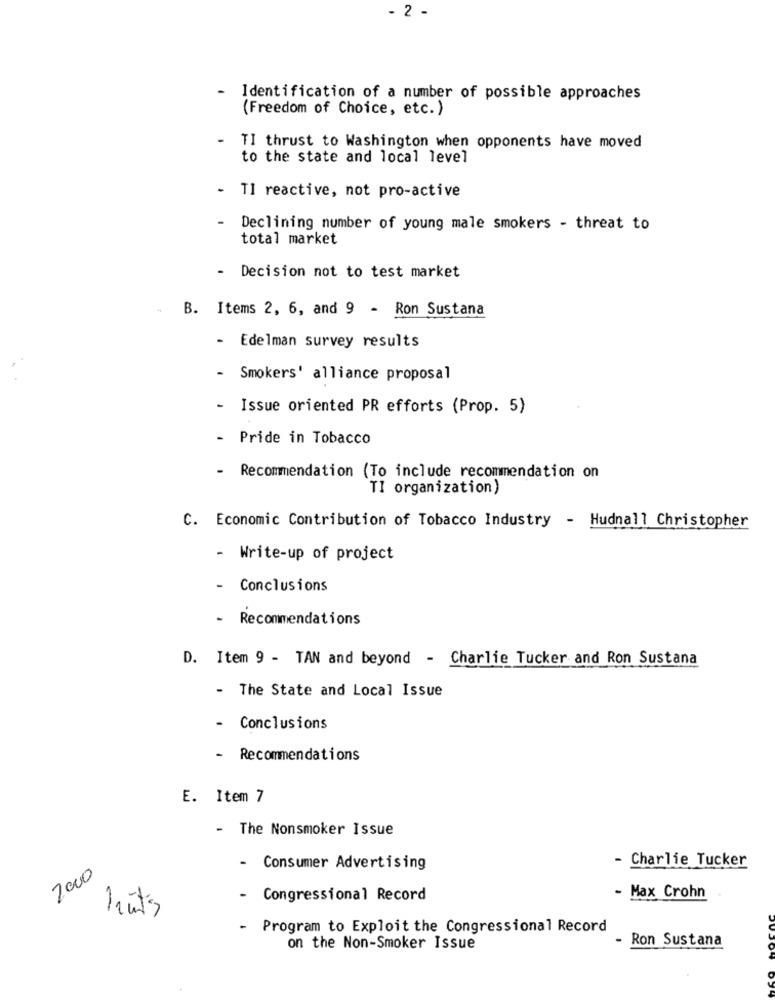
- 2 -
- Identification of a number of possible approaches
(Freedom of Choice, etc.)
- TI thrust to Washington when opponents have moved
to the state and local level
- TI reactive, not pro-active
Declining number of young male smokers - threat to
total market
- Decision not to test market
B. Items 2, 6, and 9 - Ron Sustana
- Edelman survey results
- Smokers' alliance proposal
- Issue oriented PR efforts (Prop. 5)
- Pride in Tobacco
- Recommendation (To include recommendation on
TI organization)
C. Economic Contribution of Tobacco Industry - Hudnall Christopher
- Write-up of project
Conclusions
-
Recommendations
D. Item 9 - TAN and beyond - Charlie Tucker and Ron Sustana
- The State and Local Issue
- Conclusions
-
Recommendations
E. Item 7
- The Nonsmoker Issue
- Charlie Tucker
-
Consumer Advertising
2000
-
Congressional Record
- Max Crohn
nuts
- Program to Exploit the Congressional Record
Ron Sustana
on the Non-Smoker Issue